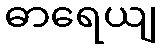
ဓာရေယျ